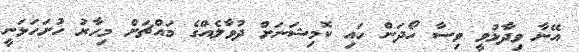
އޭނާ ވިދާޅުވީ ވިސާ ހޯދަން ހައި ކޮމިޝަނަށް ދުވާލެއްގެ މައްޗަށް މިހާރު ހުށަހަޅަނީ